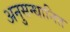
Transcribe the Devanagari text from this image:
अनुसन्‍धानित